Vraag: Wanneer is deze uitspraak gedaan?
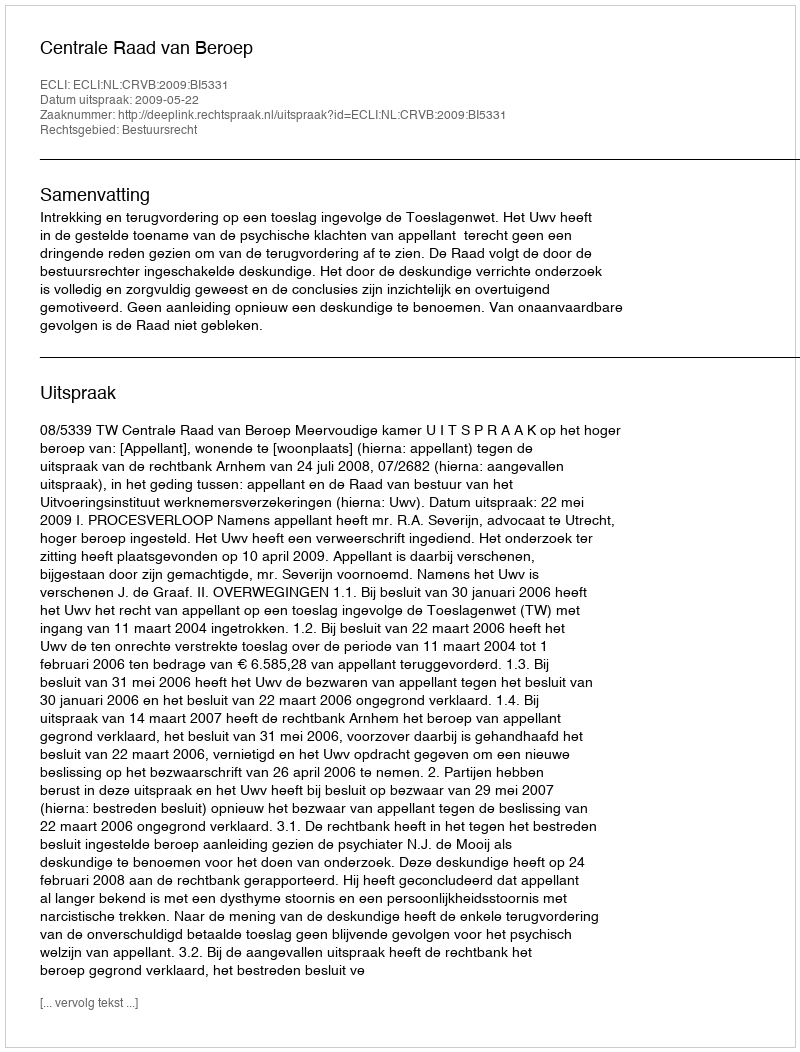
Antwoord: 2009-05-22